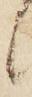
候